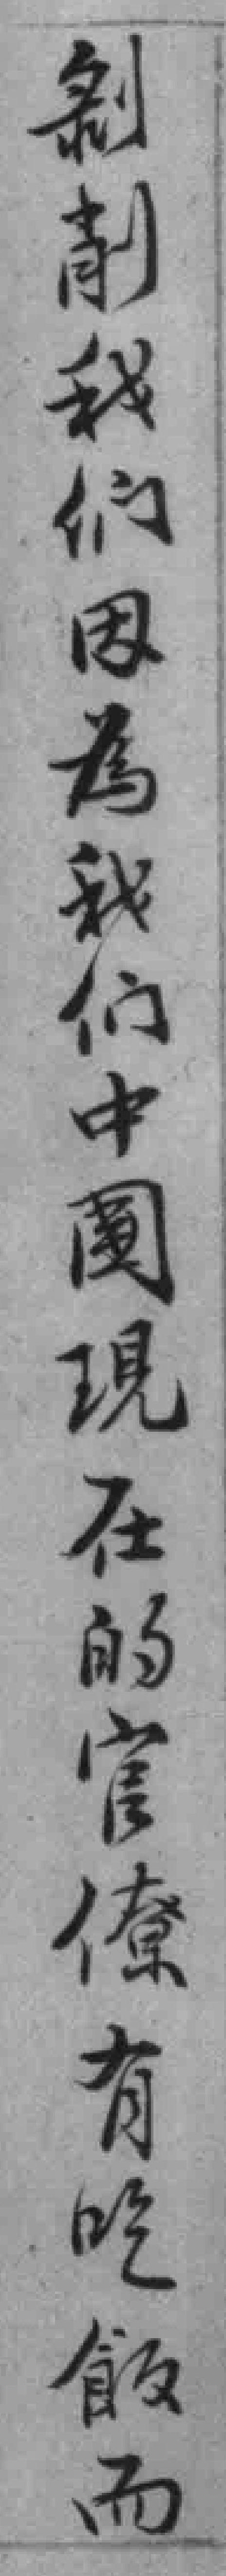
剥削我们因為我们中國現在的官僚有吃飯而